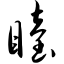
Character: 睦